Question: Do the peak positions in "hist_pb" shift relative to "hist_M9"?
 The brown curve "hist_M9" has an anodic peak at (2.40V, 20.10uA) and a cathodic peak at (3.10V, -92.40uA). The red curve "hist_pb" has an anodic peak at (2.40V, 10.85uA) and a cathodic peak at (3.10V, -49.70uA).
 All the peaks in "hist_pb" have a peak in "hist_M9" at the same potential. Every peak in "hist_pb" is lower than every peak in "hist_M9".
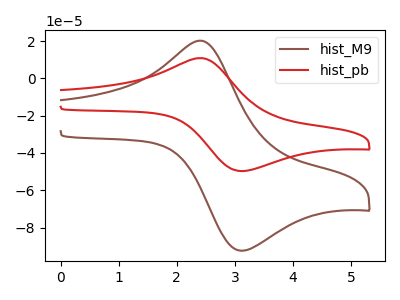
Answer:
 <answer>No, "hist_pb" and "hist_M9" don't appear to be significantly different in shape</answer>
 <eval>no_change</eval>